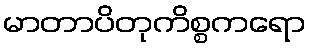
မာတာပိတုကိစ္စကရော